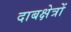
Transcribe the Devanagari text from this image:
दाबक्षेत्रों